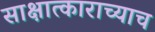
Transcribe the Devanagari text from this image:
साक्षात्काराच्याच